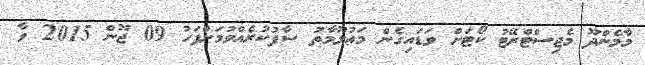
މާމެންދޫ މެޖިސްޓްރޭޓު ކޯޓަށް ވަޑައިގެން މަޢުލޫމާތު ސާފުކުރެއްވުމަށްފަހު 09 ޖޫން 2015 ވާ